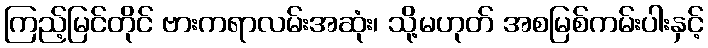
ကြည့်မြင်တိုင် ဗားကရာလမ်းအဆုံး၊ သို့မဟုတ် အစမြစ်ကမ်းပါးနှင့်